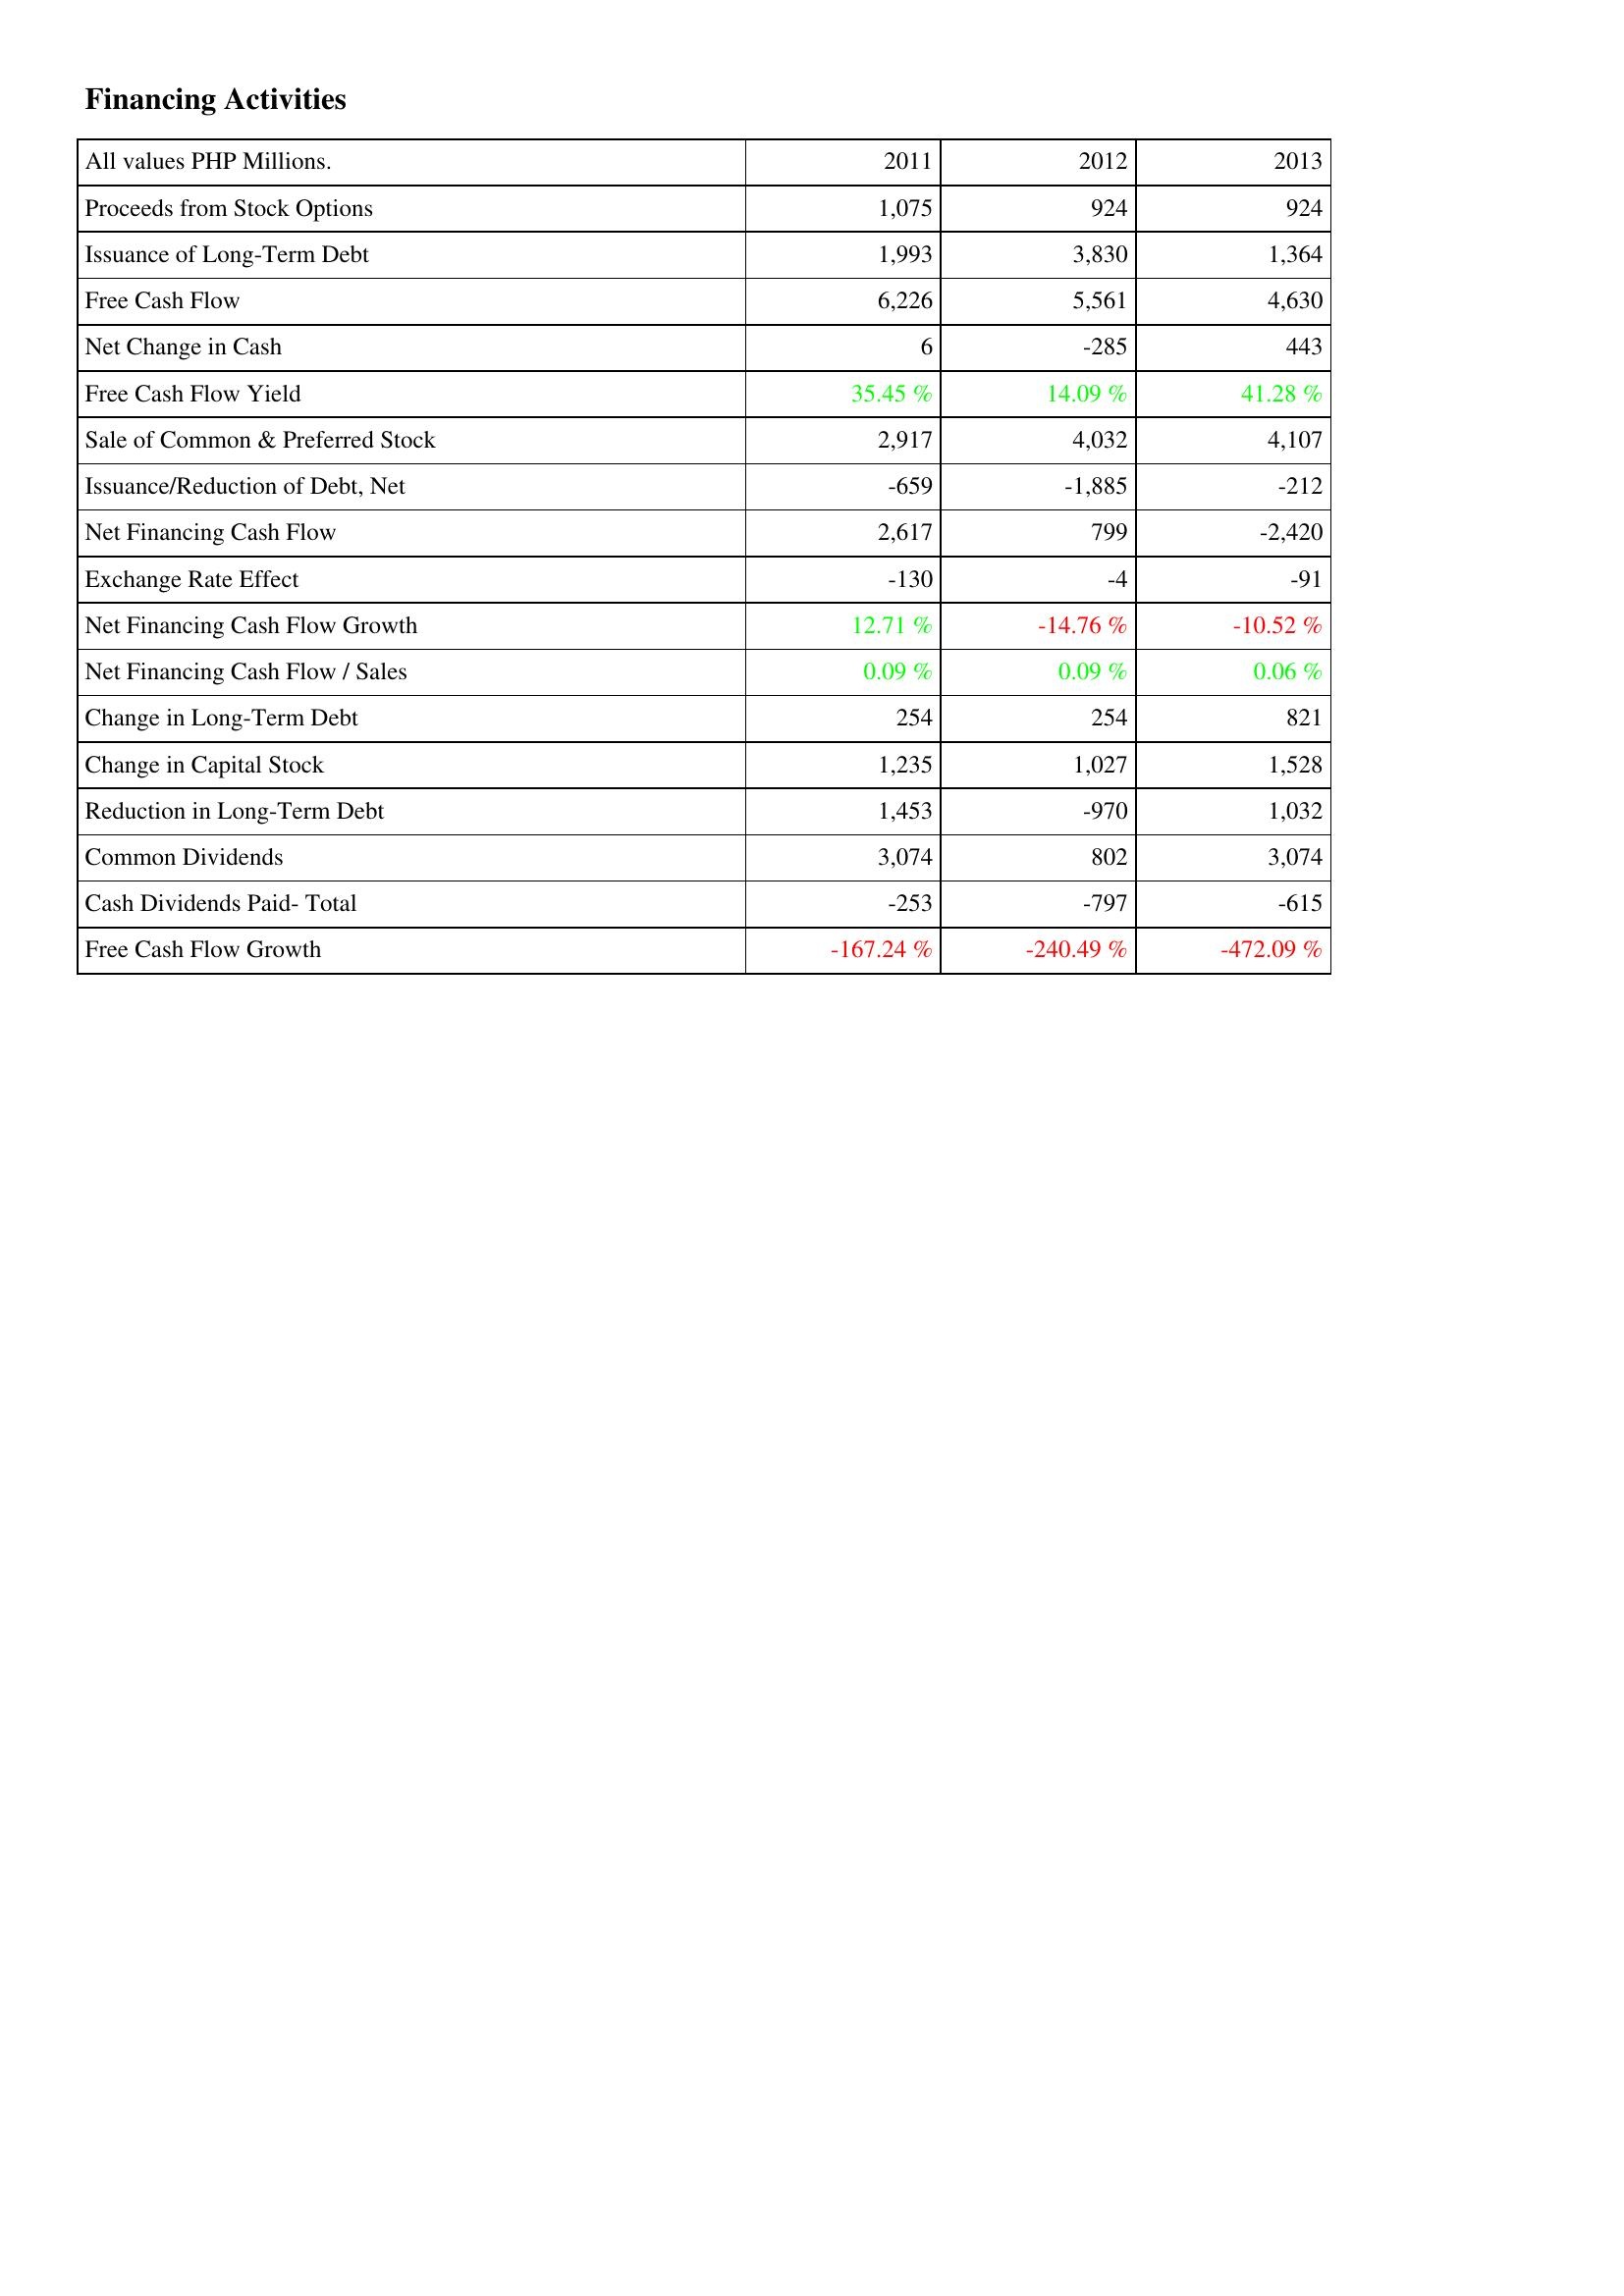
2011: Financing Activities: Proceeds from Stock Options: 1,075
Issuance of Long-Term Debt: 1,993
Free Cash Flow: 6,226
Net Change in Cash: 6
Free Cash Flow Yield: 35.45 %
Sale of Common & Preferred Stock: 2,917
Issuance/Reduction of Debt, Net: -659
Net Financing Cash Flow: 2,617
Exchange Rate Effect: -130
Net Financing Cash Flow Growth: 12.71 %
Net Financing Cash Flow / Sales: 0.09 %
Change in Long-Term Debt: 254
Change in Capital Stock: 1,235
Reduction in Long-Term Debt: 1,453
Common Dividends: 3,074
Cash Dividends Paid- Total: -253
Free Cash Flow Growth: -167.24 %
2012: Financing Activities: Proceeds from Stock Options: 924
Issuance of Long-Term Debt: 3,830
Free Cash Flow: 5,561
Net Change in Cash: -285
Free Cash Flow Yield: 14.09 %
Sale of Common & Preferred Stock: 4,032
Issuance/Reduction of Debt, Net: -1,885
Net Financing Cash Flow: 799
Exchange Rate Effect: -4
Net Financing Cash Flow Growth: -14.76 %
Net Financing Cash Flow / Sales: 0.09 %
Change in Long-Term Debt: 254
Change in Capital Stock: 1,027
Reduction in Long-Term Debt: -970
Common Dividends: 802
Cash Dividends Paid- Total: -797
Free Cash Flow Growth: -240.49 %
2013: Financing Activities: Proceeds from Stock Options: 924
Issuance of Long-Term Debt: 1,364
Free Cash Flow: 4,630
Net Change in Cash: 443
Free Cash Flow Yield: 41.28 %
Sale of Common & Preferred Stock: 4,107
Issuance/Reduction of Debt, Net: -212
Net Financing Cash Flow: -2,420
Exchange Rate Effect: -91
Net Financing Cash Flow Growth: -10.52 %
Net Financing Cash Flow / Sales: 0.06 %
Change in Long-Term Debt: 821
Change in Capital Stock: 1,528
Reduction in Long-Term Debt: 1,032
Common Dividends: 3,074
Cash Dividends Paid- Total: -615
Free Cash Flow Growth: -472.09 %